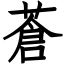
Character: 蒼